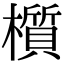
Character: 櫍